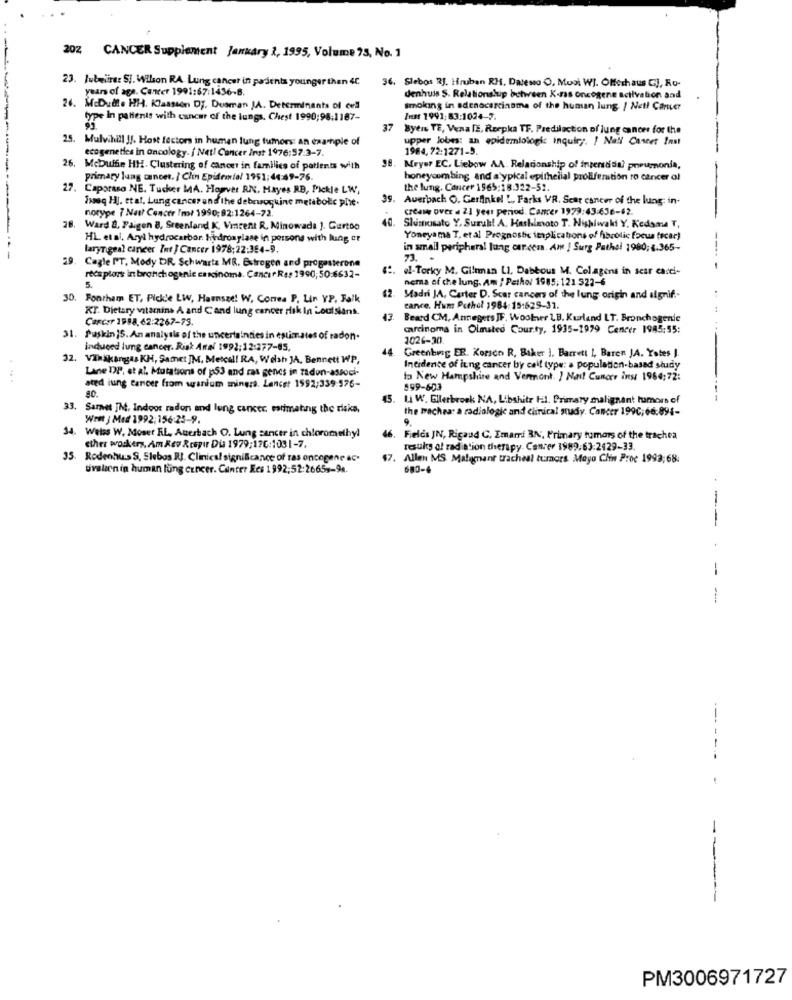
202 CANCER Supplement January 2, 1995, Volume 75, No. 1
23. Jubeiire: SJ. Wilson RA. Lung cancer in parjenta younger than 4C
36. Slebos RJ. Hruban RH, Datesto O, Mooi WJ. Offerhaus GJ, Ro-
years of age. Cancer 1991:67:1436-B.
denhuis S. Relationslup behreen K-nas oncogene acilvation aad
26. McDudle HH. Klaassen Dy. Dusman JA. Determinants of cell
smoking in adenocarcinoma of the human lung / Netl Cancer
type In patients with cancer of the lungs. Chest 1990;98.1187-
Zust 1991,83:1024-7.
37
Byens TE, Vena TE, Reepka TF. Predilection of lung cancer for the
25. Mulvihill !!. Host factors in human lung tumors: an example of
upper Jobes: an epidemiologic inquiry ;. ! Nall Career Inst
ecogenetics in oncology. ( Net! Cancer Irat 1976:57-3-7.
1984, 72:1271-5.
98.
26, Mebuffe HH. Clustering of cancer in families of patients with
Meyer EC, Liebow AA. Relationship of inzersdss? pneumonia,
primary lung cancer. ] Clin Epidemiol 1951:44:49-76.
honeycombing and a ypkal epithelial proliferation to Cancer of
27. Caporaso NE. Tucker MA. Houver RN, Hayes RB, Pickle LW,
the lung. Concer 1565;18:322-52.
1ssog HJ. etal. Lung cancer and the debrugguine metabolic phie.
39.
Auerbach G. Garfinkel .. Farks VR. Seat cancer of the lung: in-
notype 7 Nat? Concer !mi 1990; 82:1264-72.
cream over a 21 year period. Cancer 1979:43:636-62.
40.
28. Ward &, Paigen 8, Sreeniand K. Vincent R, Minowada ]. Gurtoo
Slumosato Y, Suruki! A. Hashimoto T. Nishiwaki Y. Kedame T,
HL et al, Aryl hydrocarbon hydroxylase in persons with lung or
Yoneyama T, et al Prognosbe implications of fibrolic focus focar)
laryn geal cancer Int / Cancer 1978;22:354-9.
in small peripheral lung car cem. An ! Surg Pathol 1980;4.365-
29
23.
29. Cagle PT, Mody DR. Schwartz MR. Estrogen and progesterone
el-Torky M, Gilman LI, Dabbous M. Colagens in scar casei-
---- -
recaplors in bronchogenic carcinoma. Cancer Res 1990, 50:6632-
5.
nema of che lung. am ! Pathol 1985; 121 523-6
62.
30. Fontham ET, Pickle LW, Haensad! W, Cones P. Lin YP, Falk
Madri JA, Carter D. Scar cancers of the lung origin and signif .-
..
KT. Dietary vitamins A and Cand lung cancer risk In Louisians.
cance. Hum Pothol 1984: 15:629-31.
Carcar 1998.62:2267-73.
43.
Beard CM, Annegers JF, Woolner LB. Kurland LT. Bronchogenie
carcinoma in Olmsted Cour.ty, 1935-1979 Cencer 1985:55:
31. Puskin 15. An analysis of the uncertainties in estimates of radon.
1026-30.
induced lung cancer. Risk Anal 1992;12:277-65.
44
Greenbrsg ER. Korson R, Baker ), Barrett I, Baren JA. Yotes J.
32. Vihakangas KM, Samet JM, Metcal! RA, Welsh JA, Bennett WP,
Lane DP, et al. Mutations of p53 and ras genes in zadon-associ-
Incidence of itng cancer by call type: a population-based study
to New Hampshire and Vermont. ] Nail Cunorr ins 1964;72:
80.
ated lung cancer from uranium mingra. Lancet 1592;339:576-
599-603
45.
Li W. Ellerbroek NA, Libshitr til. Primary malignant tumors of
33. Samnet JM, Indoor radon and lung cancer, estimating the risks,
the trachea a radiologic and clinical study. Cancer 199C; 66:894-
Writ j Med 1992: 156:25-9,
9.
34. Webes W. Moser EL, Auerbach O. Lung cancer in chloromethyl
46.
Fields JN, Rigaud C, Emarri BN, Primary tumors of the trachea
ether workers, Am Rev Respir Dia 1979;17C:1031-7.
results of radiation therapy. Cancer 1989.63:2429-33.
35. Rodenhus S, Slebos RJ. Clinical significance of ras oncogene ac.
$7. Allen MS. Malagnant tracheal tumors Mayo Clin Proc 1993;68:
uvalien in human lung cancer. Cancer Res 1992:52:2665s-94.
680-4
---
-
------- -
------
PM3006971727